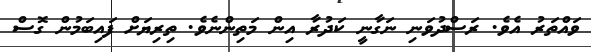
ވައްތަރު އެވެ. ރަސްދުވަނި ނަގާނީ ކަދުރާ އިން މަތިންނެވެ. ތިރިޔަށް ފައިބަމުން ގޮސް